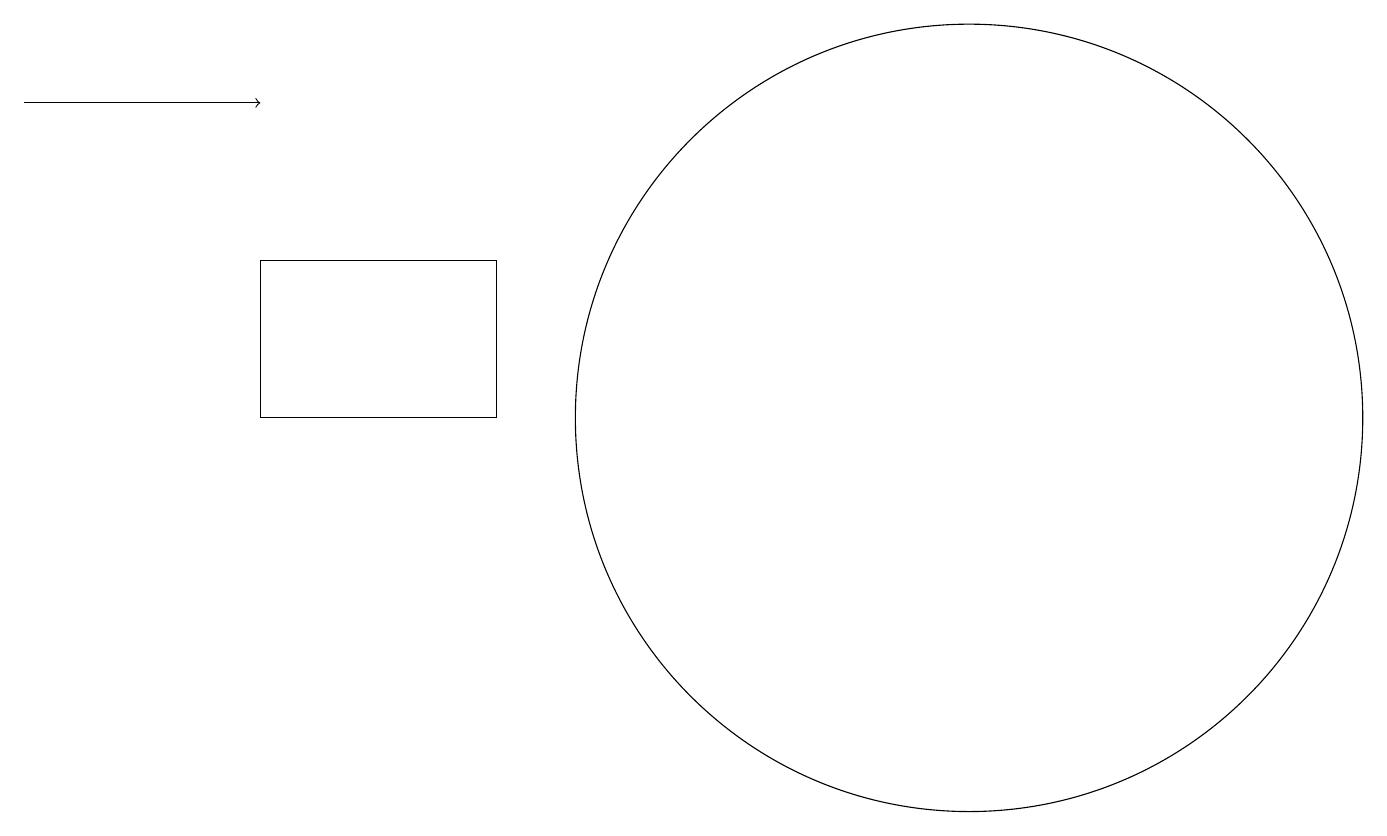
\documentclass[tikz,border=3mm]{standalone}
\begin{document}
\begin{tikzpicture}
\draw (12,11) circle (5);
\draw (6,13) rectangle (3,11);
\draw[->] (0,15) -- (3,15);
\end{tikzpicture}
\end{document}